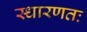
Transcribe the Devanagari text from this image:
स्धारणतः